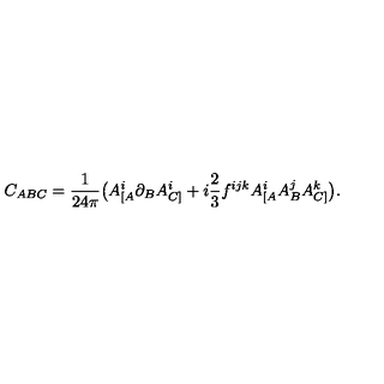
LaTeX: C _ { A B C } = \frac { 1 } { 2 4 \pi } \big ( A _ { [ A } ^ { i } \partial _ { B } A _ { C ] } ^ { i } + i \frac { 2 } { 3 } f ^ { i j k } A _ { [ A } ^ { i } A _ { B } ^ { j } A _ { C ] } ^ { k } \big ) .